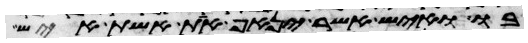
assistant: בו ואיש אשר ינאף את אשת איש